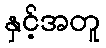
နှင့်အတူ